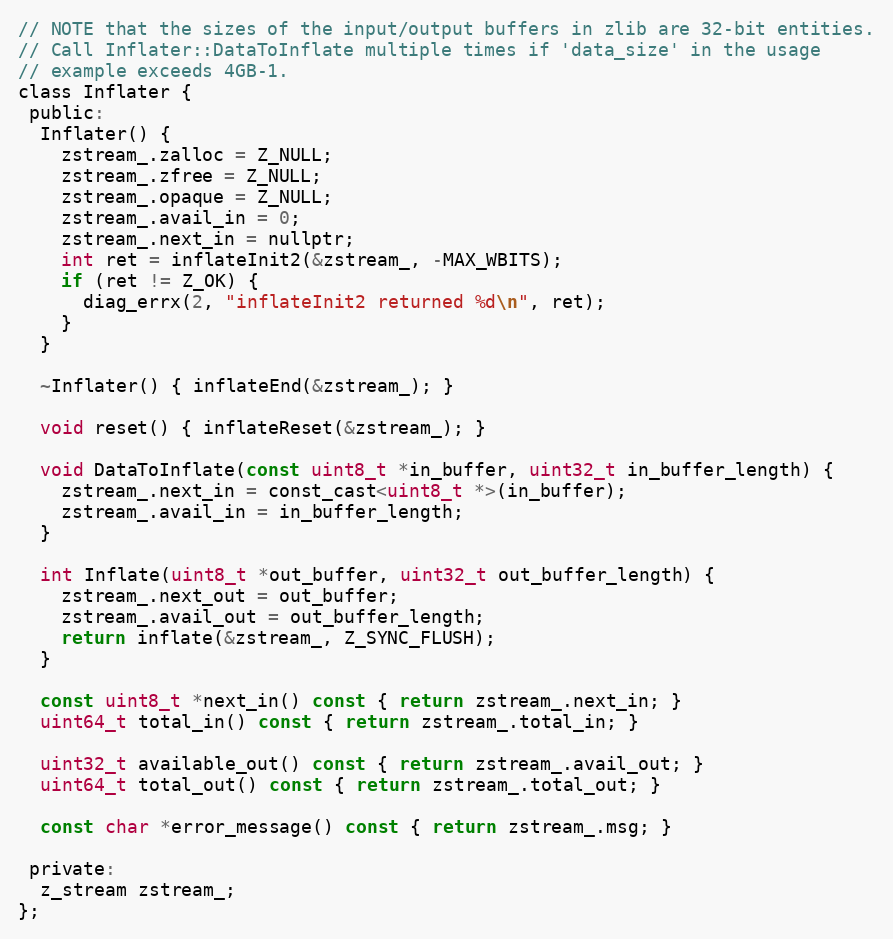
Language: C
// NOTE that the sizes of the input/output buffers in zlib are 32-bit entities.
// Call Inflater::DataToInflate multiple times if 'data_size' in the usage
// example exceeds 4GB-1.
class Inflater {
 public:
  Inflater() {
    zstream_.zalloc = Z_NULL;
    zstream_.zfree = Z_NULL;
    zstream_.opaque = Z_NULL;
    zstream_.avail_in = 0;
    zstream_.next_in = nullptr;
    int ret = inflateInit2(&zstream_, -MAX_WBITS);
    if (ret != Z_OK) {
      diag_errx(2, "inflateInit2 returned %d\n", ret);
    }
  }

  ~Inflater() { inflateEnd(&zstream_); }

  void reset() { inflateReset(&zstream_); }

  void DataToInflate(const uint8_t *in_buffer, uint32_t in_buffer_length) {
    zstream_.next_in = const_cast<uint8_t *>(in_buffer);
    zstream_.avail_in = in_buffer_length;
  }

  int Inflate(uint8_t *out_buffer, uint32_t out_buffer_length) {
    zstream_.next_out = out_buffer;
    zstream_.avail_out = out_buffer_length;
    return inflate(&zstream_, Z_SYNC_FLUSH);
  }

  const uint8_t *next_in() const { return zstream_.next_in; }
  uint64_t total_in() const { return zstream_.total_in; }

  uint32_t available_out() const { return zstream_.avail_out; }
  uint64_t total_out() const { return zstream_.total_out; }

  const char *error_message() const { return zstream_.msg; }

 private:
  z_stream zstream_;
};